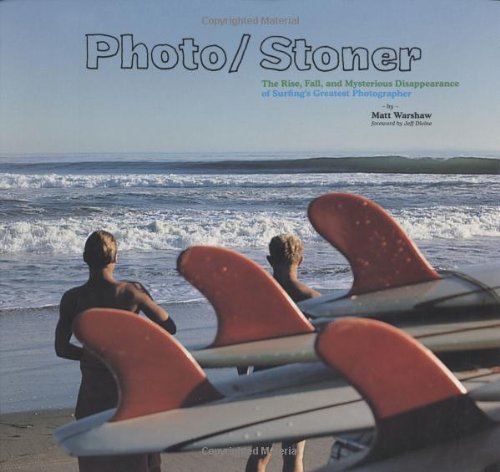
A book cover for Photo/Stoner: The Rise, Fall, and Mysterious Disappearance of Surfing's Greatest Photographer; Matt Warshaw; Sports & Outdoors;